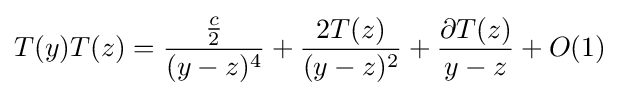
T(y)T(z)={\frac {\frac {c}{2}}{(y-z)^{4}}}+{\frac {2T(z)}{(y-z)^{2}}}+{\frac {\partial T(z)}{y-z}}+O(1)